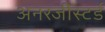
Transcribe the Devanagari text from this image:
अनरजीस्टर्ड